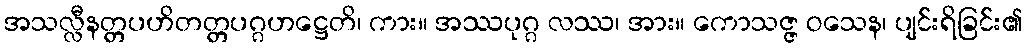
အသလ္လီနတ္တပဟိတတ္တပဂ္ဂဟဋ္ဌေတိ၊ ကား။ အဿပုဂ္ဂ လဿ၊ အား။ ကောသဇ္ဇ ဝသေန၊ ပျင်းရိခြင်း၏